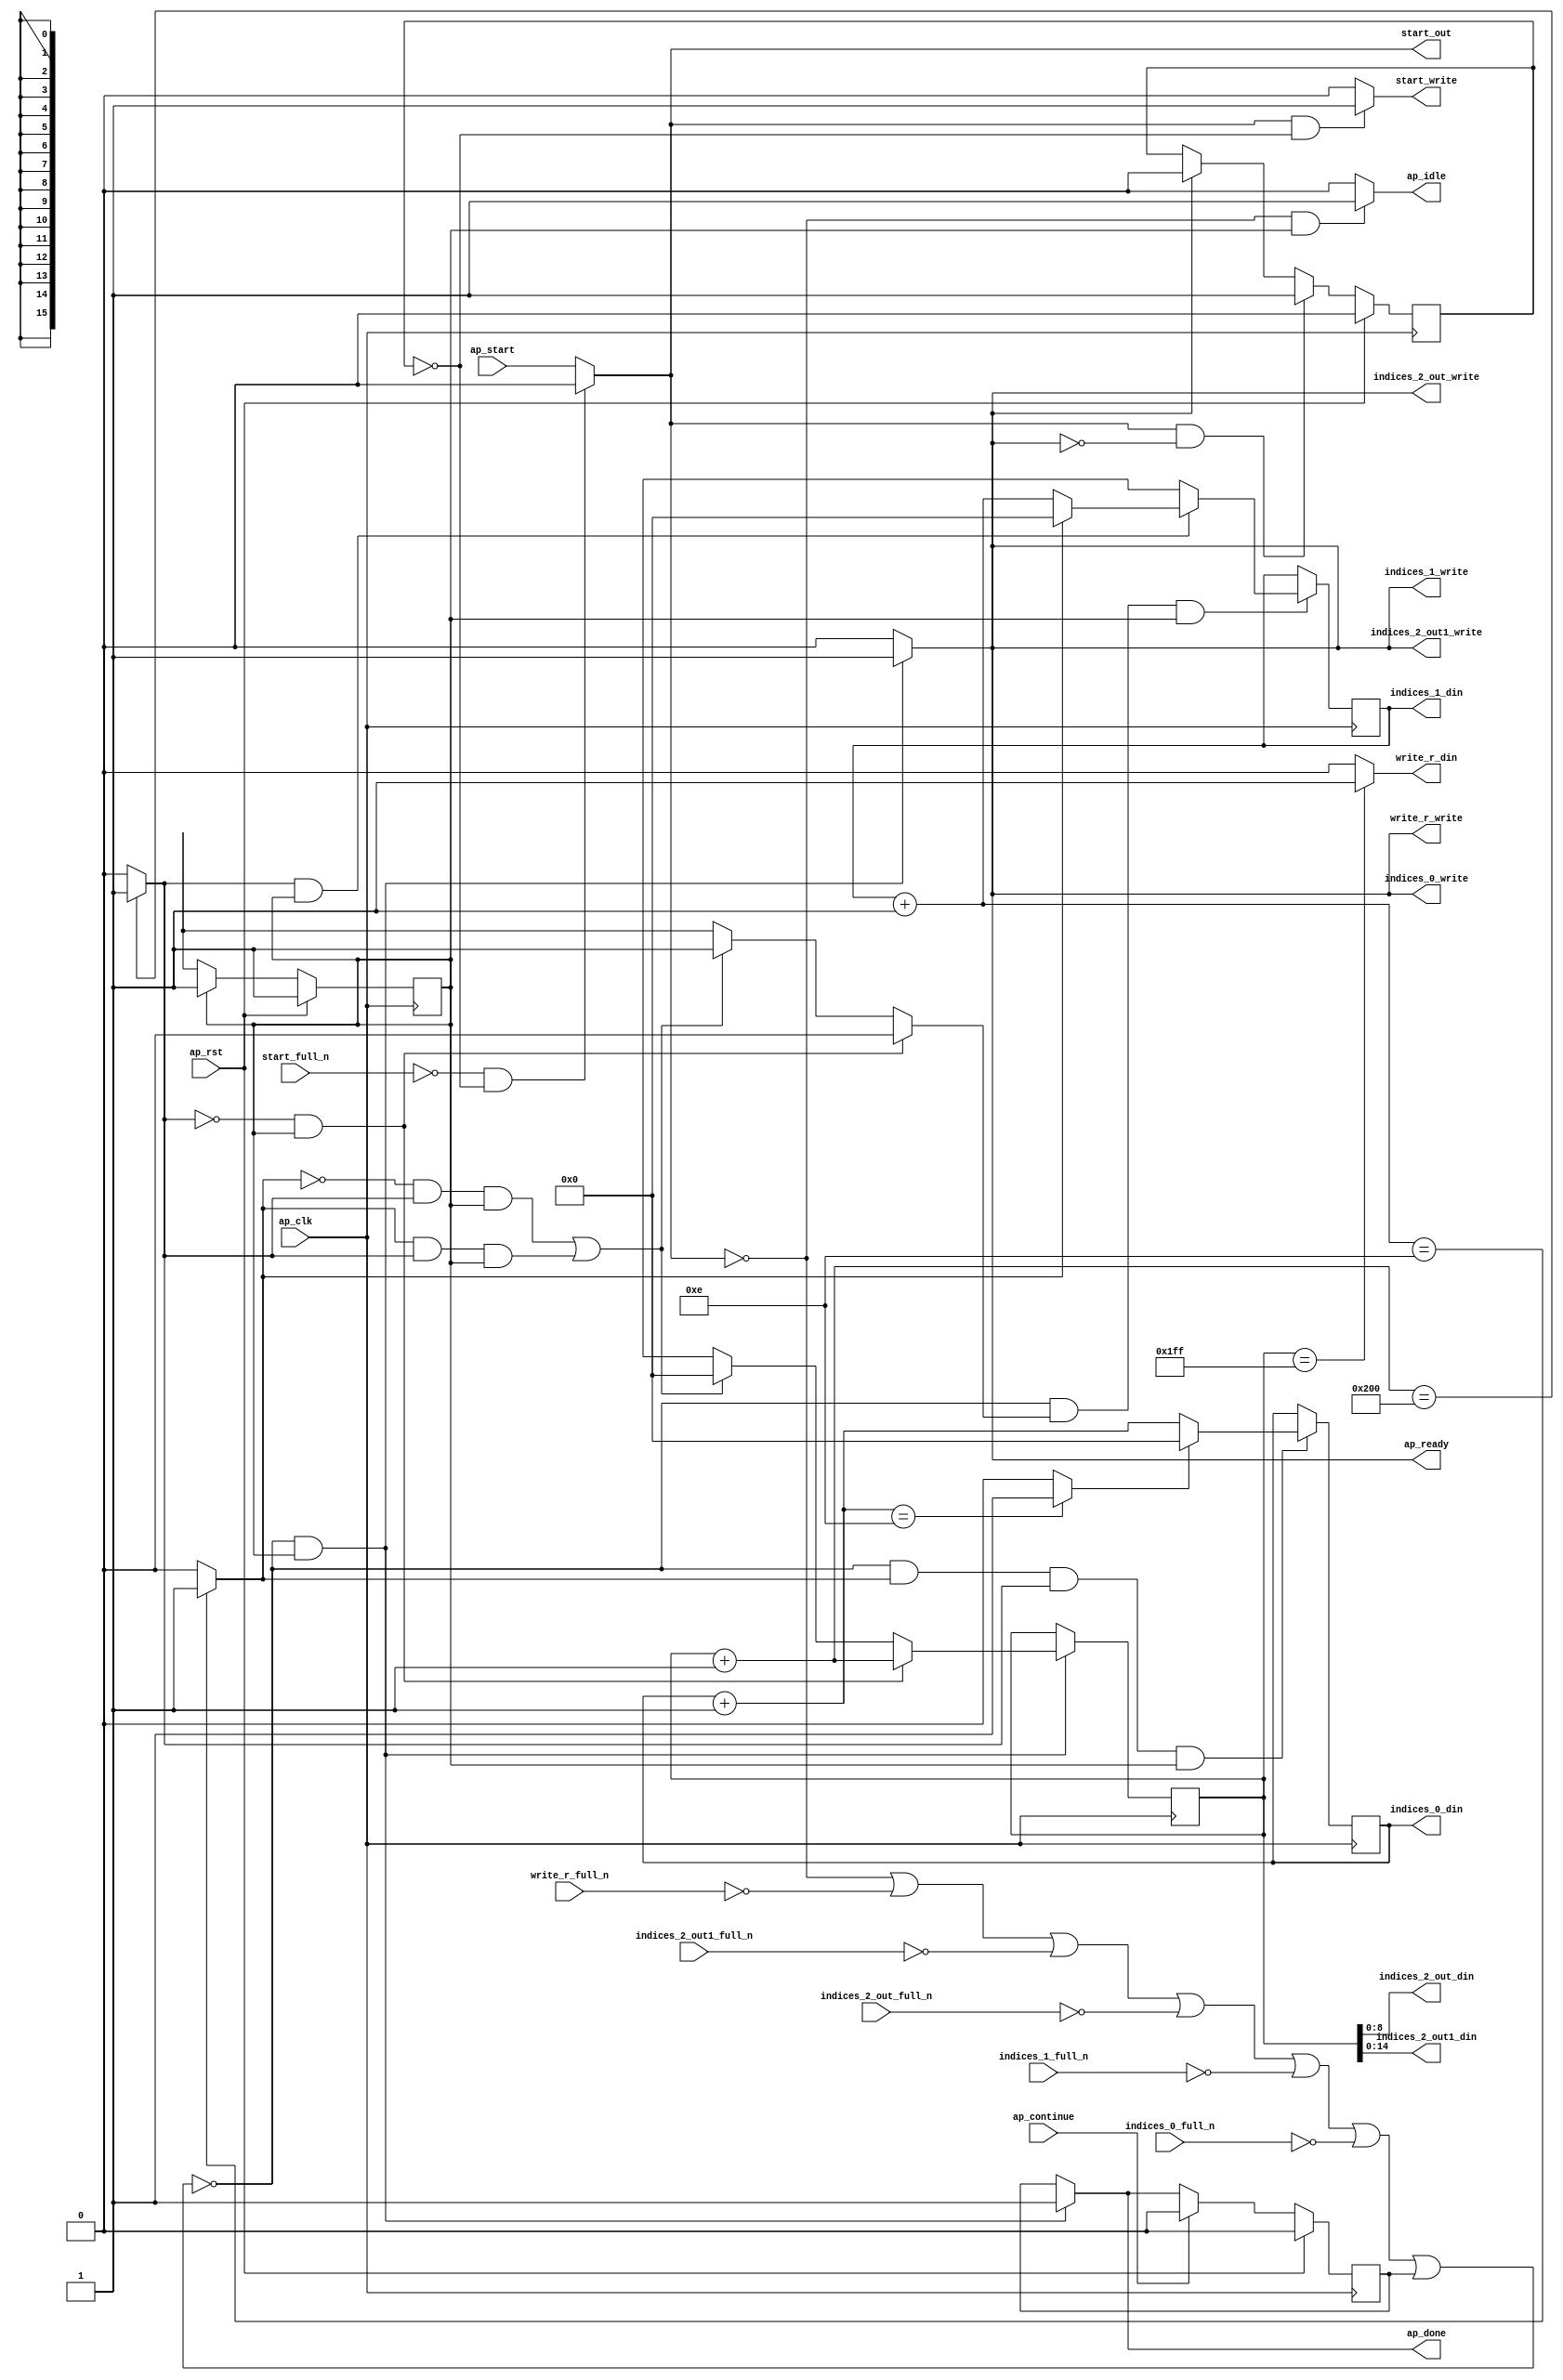
`define EXPONENT 5
`define MANTISSA 10
`define ACTUAL_MANTISSA 11
`define EXPONENT_LSB 10
`define EXPONENT_MSB 14
`define MANTISSA_LSB 0
`define MANTISSA_MSB 9
`define MANTISSA_MUL_SPLIT_LSB 3
`define MANTISSA_MUL_SPLIT_MSB 9
`define SIGN 1
`define SIGN_LOC 15
`define DWIDTH (`SIGN+`EXPONENT+`MANTISSA)
`define IEEE_COMPLIANCE 1

module td_fused_top_tdf10_get_next_ijk (
        ap_clk,
        ap_rst,
        ap_start,
        start_full_n,
        ap_done,
        ap_continue,
        ap_idle,
        ap_ready,
        start_out,
        start_write,
        indices_0_din,
        indices_0_full_n,
        indices_0_write,
        indices_1_din,
        indices_1_full_n,
        indices_1_write,
        indices_2_out_din,
        indices_2_out_full_n,
        indices_2_out_write,
        indices_2_out1_din,
        indices_2_out1_full_n,
        indices_2_out1_write,
        write_r_din,
        write_r_full_n,
        write_r_write
);

parameter    ap_ST_fsm_state1 = 1'd1;

input   ap_clk;
input   ap_rst;
input   ap_start;
input   start_full_n;
output   ap_done;
input   ap_continue;
output   ap_idle;
output   ap_ready;
output   start_out;
output   start_write;
output  [15:0] indices_0_din;
input   indices_0_full_n;
output   indices_0_write;
output  [15:0] indices_1_din;
input   indices_1_full_n;
output   indices_1_write;
output  [8:0] indices_2_out_din;
input   indices_2_out_full_n;
output   indices_2_out_write;
output  [14:0] indices_2_out1_din;
input   indices_2_out1_full_n;
output   indices_2_out1_write;
output   write_r_din;
input   write_r_full_n;
output   write_r_write;

reg ap_done;
reg ap_idle;
reg start_write;
reg indices_0_write;
reg indices_1_write;
reg indices_2_out_write;
reg indices_2_out1_write;
reg write_r_write;

reg    real_start;
reg    start_once_reg;
reg    ap_done_reg;
  reg   [0:0] ap_CS_fsm;
wire    ap_CS_fsm_state1;
reg    internal_ap_ready;
reg   [15:0] i_10;
reg   [15:0] j_10;
reg   [15:0] k_10;
reg    indices_0_blk_n;
reg    indices_1_blk_n;
reg    indices_2_out_blk_n;
reg    indices_2_out1_blk_n;
reg    write_r_blk_n;
reg   [0:0] ap_phi_mux_j_19_flag_0_i_phi_fu_92_p6;
reg    ap_block_state1;
wire   [0:0] icmp_ln188_fu_167_p2;
wire   [0:0] icmp_ln191_fu_180_p2;
reg   [15:0] ap_phi_mux_j_19_new_0_i_phi_fu_106_p6;
wire   [15:0] add_ln190_fu_173_p2;
reg   [15:0] ap_phi_mux_k_19_new_0_i_phi_fu_119_p6;
wire   [15:0] add_ln187_fu_160_p2;
wire   [15:0] select_ln194_fu_198_p3;
wire   [15:0] add_ln193_fu_186_p2;
wire   [0:0] icmp_ln194_fu_192_p2;
reg   [0:0] ap_NS_fsm;
wire    ap_ce_reg;

// power-on initialization
initial begin
#0 start_once_reg = 1'b0;
#0 ap_done_reg = 1'b0;
#0 ap_CS_fsm = 1'd1;
#0 i_10 = 16'd0;
#0 j_10 = 16'd0;
#0 k_10 = 16'd0;
end

always @ (posedge ap_clk) begin
    if (ap_rst == 1'b1) begin
        ap_CS_fsm <= ap_ST_fsm_state1;
    end else begin
        ap_CS_fsm <= ap_NS_fsm;
    end
end

always @ (posedge ap_clk) begin
    if (ap_rst == 1'b1) begin
        ap_done_reg <= 1'b0;
    end else begin
        if ((ap_continue == 1'b1)) begin
            ap_done_reg <= 1'b0;
        end else if ((~((real_start == 1'b0) | (write_r_full_n == 1'b0) | (indices_2_out1_full_n == 1'b0) | (indices_2_out_full_n == 1'b0) | (indices_1_full_n == 1'b0) | (indices_0_full_n == 1'b0) | (ap_done_reg == 1'b1)) & (1'b1 == ap_CS_fsm_state1))) begin
            ap_done_reg <= 1'b1;
        end
    end
end

always @ (posedge ap_clk) begin
    if (ap_rst == 1'b1) begin
        start_once_reg <= 1'b0;
    end else begin
        if (((real_start == 1'b1) & (internal_ap_ready == 1'b0))) begin
            start_once_reg <= 1'b1;
        end else if ((internal_ap_ready == 1'b1)) begin
            start_once_reg <= 1'b0;
        end
    end
end

always @ (posedge ap_clk) begin
    if ((~((real_start == 1'b0) | (write_r_full_n == 1'b0) | (indices_2_out1_full_n == 1'b0) | (indices_2_out_full_n == 1'b0) | (indices_1_full_n == 1'b0) | (indices_0_full_n == 1'b0) | (ap_done_reg == 1'b1)) & (icmp_ln191_fu_180_p2 == 1'd1) & (icmp_ln188_fu_167_p2 == 1'd1) & (1'b1 == ap_CS_fsm_state1))) begin
        i_10 <= select_ln194_fu_198_p3;
    end
end

always @ (posedge ap_clk) begin
    if ((~((real_start == 1'b0) | (write_r_full_n == 1'b0) | (indices_2_out1_full_n == 1'b0) | (indices_2_out_full_n == 1'b0) | (indices_1_full_n == 1'b0) | (indices_0_full_n == 1'b0) | (ap_done_reg == 1'b1)) & (ap_phi_mux_j_19_flag_0_i_phi_fu_92_p6 == 1'd1) & (1'b1 == ap_CS_fsm_state1))) begin
        j_10 <= ap_phi_mux_j_19_new_0_i_phi_fu_106_p6;
    end
end

always @ (posedge ap_clk) begin
    if ((~((real_start == 1'b0) | (write_r_full_n == 1'b0) | (indices_2_out1_full_n == 1'b0) | (indices_2_out_full_n == 1'b0) | (indices_1_full_n == 1'b0) | (indices_0_full_n == 1'b0) | (ap_done_reg == 1'b1)) & (1'b1 == ap_CS_fsm_state1))) begin
        k_10 <= ap_phi_mux_k_19_new_0_i_phi_fu_119_p6;
    end
end

always @ (*) begin
    if ((~((real_start == 1'b0) | (write_r_full_n == 1'b0) | (indices_2_out1_full_n == 1'b0) | (indices_2_out_full_n == 1'b0) | (indices_1_full_n == 1'b0) | (indices_0_full_n == 1'b0) | (ap_done_reg == 1'b1)) & (1'b1 == ap_CS_fsm_state1))) begin
        ap_done = 1'b1;
    end else begin
        ap_done = ap_done_reg;
    end
end

always @ (*) begin
    if (((real_start == 1'b0) & (1'b1 == ap_CS_fsm_state1))) begin
        ap_idle = 1'b1;
    end else begin
        ap_idle = 1'b0;
    end
end

always @ (*) begin
    if (((icmp_ln188_fu_167_p2 == 1'd0) & (1'b1 == ap_CS_fsm_state1))) begin
        ap_phi_mux_j_19_flag_0_i_phi_fu_92_p6 = 1'd0;
    end else if ((((icmp_ln191_fu_180_p2 == 1'd0) & (icmp_ln188_fu_167_p2 == 1'd1) & (1'b1 == ap_CS_fsm_state1)) | ((icmp_ln191_fu_180_p2 == 1'd1) & (icmp_ln188_fu_167_p2 == 1'd1) & (1'b1 == ap_CS_fsm_state1)))) begin
        ap_phi_mux_j_19_flag_0_i_phi_fu_92_p6 = 1'd1;
    end else begin
        ap_phi_mux_j_19_flag_0_i_phi_fu_92_p6 = 'bx;
    end
end

always @ (*) begin
    if (((icmp_ln188_fu_167_p2 == 1'd1) & (1'b1 == ap_CS_fsm_state1))) begin
        if ((icmp_ln191_fu_180_p2 == 1'd0)) begin
            ap_phi_mux_j_19_new_0_i_phi_fu_106_p6 = add_ln190_fu_173_p2;
        end else if ((icmp_ln191_fu_180_p2 == 1'd1)) begin
            ap_phi_mux_j_19_new_0_i_phi_fu_106_p6 = 16'd0;
        end else begin
            ap_phi_mux_j_19_new_0_i_phi_fu_106_p6 = 'bx;
        end
    end else begin
        ap_phi_mux_j_19_new_0_i_phi_fu_106_p6 = 'bx;
    end
end

always @ (*) begin
    if (((icmp_ln188_fu_167_p2 == 1'd0) & (1'b1 == ap_CS_fsm_state1))) begin
        ap_phi_mux_k_19_new_0_i_phi_fu_119_p6 = add_ln187_fu_160_p2;
    end else if ((((icmp_ln191_fu_180_p2 == 1'd0) & (icmp_ln188_fu_167_p2 == 1'd1) & (1'b1 == ap_CS_fsm_state1)) | ((icmp_ln191_fu_180_p2 == 1'd1) & (icmp_ln188_fu_167_p2 == 1'd1) & (1'b1 == ap_CS_fsm_state1)))) begin
        ap_phi_mux_k_19_new_0_i_phi_fu_119_p6 = 16'd0;
    end else begin
        ap_phi_mux_k_19_new_0_i_phi_fu_119_p6 = 'bx;
    end
end

always @ (*) begin
    if ((~((real_start == 1'b0) | (ap_done_reg == 1'b1)) & (1'b1 == ap_CS_fsm_state1))) begin
        indices_0_blk_n = indices_0_full_n;
    end else begin
        indices_0_blk_n = 1'b1;
    end
end

always @ (*) begin
    if ((~((real_start == 1'b0) | (write_r_full_n == 1'b0) | (indices_2_out1_full_n == 1'b0) | (indices_2_out_full_n == 1'b0) | (indices_1_full_n == 1'b0) | (indices_0_full_n == 1'b0) | (ap_done_reg == 1'b1)) & (1'b1 == ap_CS_fsm_state1))) begin
        indices_0_write = 1'b1;
    end else begin
        indices_0_write = 1'b0;
    end
end

always @ (*) begin
    if ((~((real_start == 1'b0) | (ap_done_reg == 1'b1)) & (1'b1 == ap_CS_fsm_state1))) begin
        indices_1_blk_n = indices_1_full_n;
    end else begin
        indices_1_blk_n = 1'b1;
    end
end

always @ (*) begin
    if ((~((real_start == 1'b0) | (write_r_full_n == 1'b0) | (indices_2_out1_full_n == 1'b0) | (indices_2_out_full_n == 1'b0) | (indices_1_full_n == 1'b0) | (indices_0_full_n == 1'b0) | (ap_done_reg == 1'b1)) & (1'b1 == ap_CS_fsm_state1))) begin
        indices_1_write = 1'b1;
    end else begin
        indices_1_write = 1'b0;
    end
end

always @ (*) begin
    if ((~((real_start == 1'b0) | (ap_done_reg == 1'b1)) & (1'b1 == ap_CS_fsm_state1))) begin
        indices_2_out1_blk_n = indices_2_out1_full_n;
    end else begin
        indices_2_out1_blk_n = 1'b1;
    end
end

always @ (*) begin
    if ((~((real_start == 1'b0) | (write_r_full_n == 1'b0) | (indices_2_out1_full_n == 1'b0) | (indices_2_out_full_n == 1'b0) | (indices_1_full_n == 1'b0) | (indices_0_full_n == 1'b0) | (ap_done_reg == 1'b1)) & (1'b1 == ap_CS_fsm_state1))) begin
        indices_2_out1_write = 1'b1;
    end else begin
        indices_2_out1_write = 1'b0;
    end
end

always @ (*) begin
    if ((~((real_start == 1'b0) | (ap_done_reg == 1'b1)) & (1'b1 == ap_CS_fsm_state1))) begin
        indices_2_out_blk_n = indices_2_out_full_n;
    end else begin
        indices_2_out_blk_n = 1'b1;
    end
end

always @ (*) begin
    if ((~((real_start == 1'b0) | (write_r_full_n == 1'b0) | (indices_2_out1_full_n == 1'b0) | (indices_2_out_full_n == 1'b0) | (indices_1_full_n == 1'b0) | (indices_0_full_n == 1'b0) | (ap_done_reg == 1'b1)) & (1'b1 == ap_CS_fsm_state1))) begin
        indices_2_out_write = 1'b1;
    end else begin
        indices_2_out_write = 1'b0;
    end
end

always @ (*) begin
    if ((~((real_start == 1'b0) | (write_r_full_n == 1'b0) | (indices_2_out1_full_n == 1'b0) | (indices_2_out_full_n == 1'b0) | (indices_1_full_n == 1'b0) | (indices_0_full_n == 1'b0) | (ap_done_reg == 1'b1)) & (1'b1 == ap_CS_fsm_state1))) begin
        internal_ap_ready = 1'b1;
    end else begin
        internal_ap_ready = 1'b0;
    end
end

always @ (*) begin
    if (((start_full_n == 1'b0) & (start_once_reg == 1'b0))) begin
        real_start = 1'b0;
    end else begin
        real_start = ap_start;
    end
end

always @ (*) begin
    if (((real_start == 1'b1) & (start_once_reg == 1'b0))) begin
        start_write = 1'b1;
    end else begin
        start_write = 1'b0;
    end
end

always @ (*) begin
    if ((~((real_start == 1'b0) | (ap_done_reg == 1'b1)) & (1'b1 == ap_CS_fsm_state1))) begin
        write_r_blk_n = write_r_full_n;
    end else begin
        write_r_blk_n = 1'b1;
    end
end

always @ (*) begin
    if ((~((real_start == 1'b0) | (write_r_full_n == 1'b0) | (indices_2_out1_full_n == 1'b0) | (indices_2_out_full_n == 1'b0) | (indices_1_full_n == 1'b0) | (indices_0_full_n == 1'b0) | (ap_done_reg == 1'b1)) & (1'b1 == ap_CS_fsm_state1))) begin
        write_r_write = 1'b1;
    end else begin
        write_r_write = 1'b0;
    end
end

always @ (*) begin
    case (ap_CS_fsm)
        ap_ST_fsm_state1 : begin
            ap_NS_fsm = ap_ST_fsm_state1;
        end
        default : begin
            ap_NS_fsm = 'bx;
        end
    endcase
end

assign add_ln187_fu_160_p2 = (k_10 + 16'd1);

assign add_ln190_fu_173_p2 = (j_10 + 16'd1);

assign add_ln193_fu_186_p2 = (i_10 + 16'd1);

assign ap_CS_fsm_state1 = ap_CS_fsm[32'd0];

always @ (*) begin
    ap_block_state1 = ((real_start == 1'b0) | (write_r_full_n == 1'b0) | (indices_2_out1_full_n == 1'b0) | (indices_2_out_full_n == 1'b0) | (indices_1_full_n == 1'b0) | (indices_0_full_n == 1'b0) | (ap_done_reg == 1'b1));
end

assign ap_ready = internal_ap_ready;

assign icmp_ln188_fu_167_p2 = ((add_ln187_fu_160_p2 == 16'd512) ? 1'b1 : 1'b0);

assign icmp_ln191_fu_180_p2 = ((add_ln190_fu_173_p2 == 16'd14) ? 1'b1 : 1'b0);

assign icmp_ln194_fu_192_p2 = ((add_ln193_fu_186_p2 == 16'd14) ? 1'b1 : 1'b0);

assign indices_0_din = i_10;

assign indices_1_din = j_10;

assign indices_2_out1_din = k_10[14:0];

assign indices_2_out_din = k_10[8:0];

assign select_ln194_fu_198_p3 = ((icmp_ln194_fu_192_p2[0:0] == 1'b1) ? 16'd0 : add_ln193_fu_186_p2);

assign start_out = real_start;

assign write_r_din = ((k_10 == 16'd511) ? 1'b1 : 1'b0);

endmodule //td_fused_top_tdf10_get_next_ijk